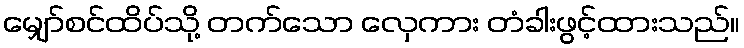
မျှော်စင်ထိပ်သို့ တက်သော လှေကား တံခါးဖွင့်ထားသည်။